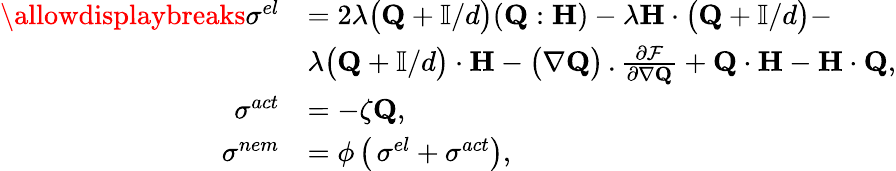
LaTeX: \begin{array}{rl}{\allowdisplaybreaks\mathbf{\sigma}^{el}}&{=2\lambda\big(\mathbf{Q}+\mathbb{I}/d\big)(\mathbf{Q:H})-\lambda\mathbf{H}\cdot\big(\mathbf{Q}+\mathbb{I}/d\big)-}\\ &{\lambda\big(\mathbf{Q}+\mathbb{I}/d\big)\cdot\mathbf{H}-\big(\nabla\mathbf{Q}\big)\, .\frac{\partial\mathcal F}{\partial\nabla\mathbf{Q}}+\mathbf{Q\cdot H}-\mathbf{H\cdot Q},}\\ {\mathbf{\sigma}^{act}}&{=-\zeta\mathbf{Q},}\\ {\mathbf{\sigma}^{nem}}&{=\phi\, \big(\, \mathbf{\sigma}^{el}+\mathbf{\sigma}^{act}\big),}\end{array}